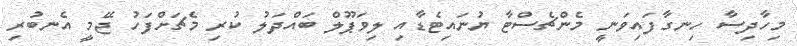
މިހާދިސާ ހިނގާފައިވަނީ މެންޗެސްޓާ ޔުނައިޓެޑާއި ލިވަޕޫލް ބައްދަލު ކުރި މެޗަށްފަހު ޖޭމީ އެނބުރި